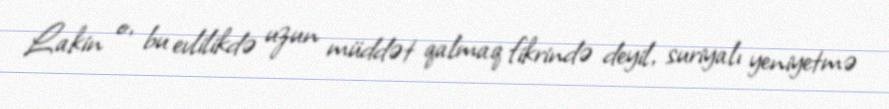
Lakin o, bu evlilikdə uzun müddət qalmaq fikrində deyil, suriyalı yeniyetmə